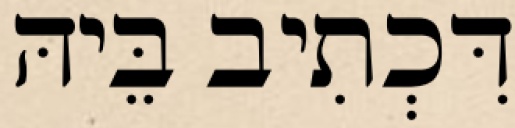
דִּכְתִיב בֵּיהּ